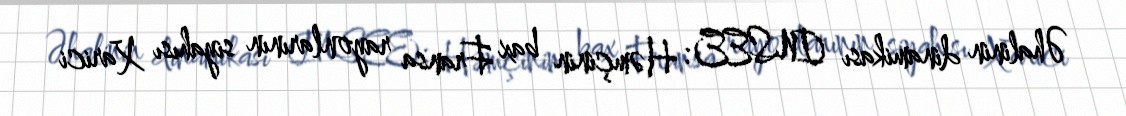
Əhalinin dinamikası (INSEE): Həmçinin bax Fransa rayonlarının siyahısı Xarici